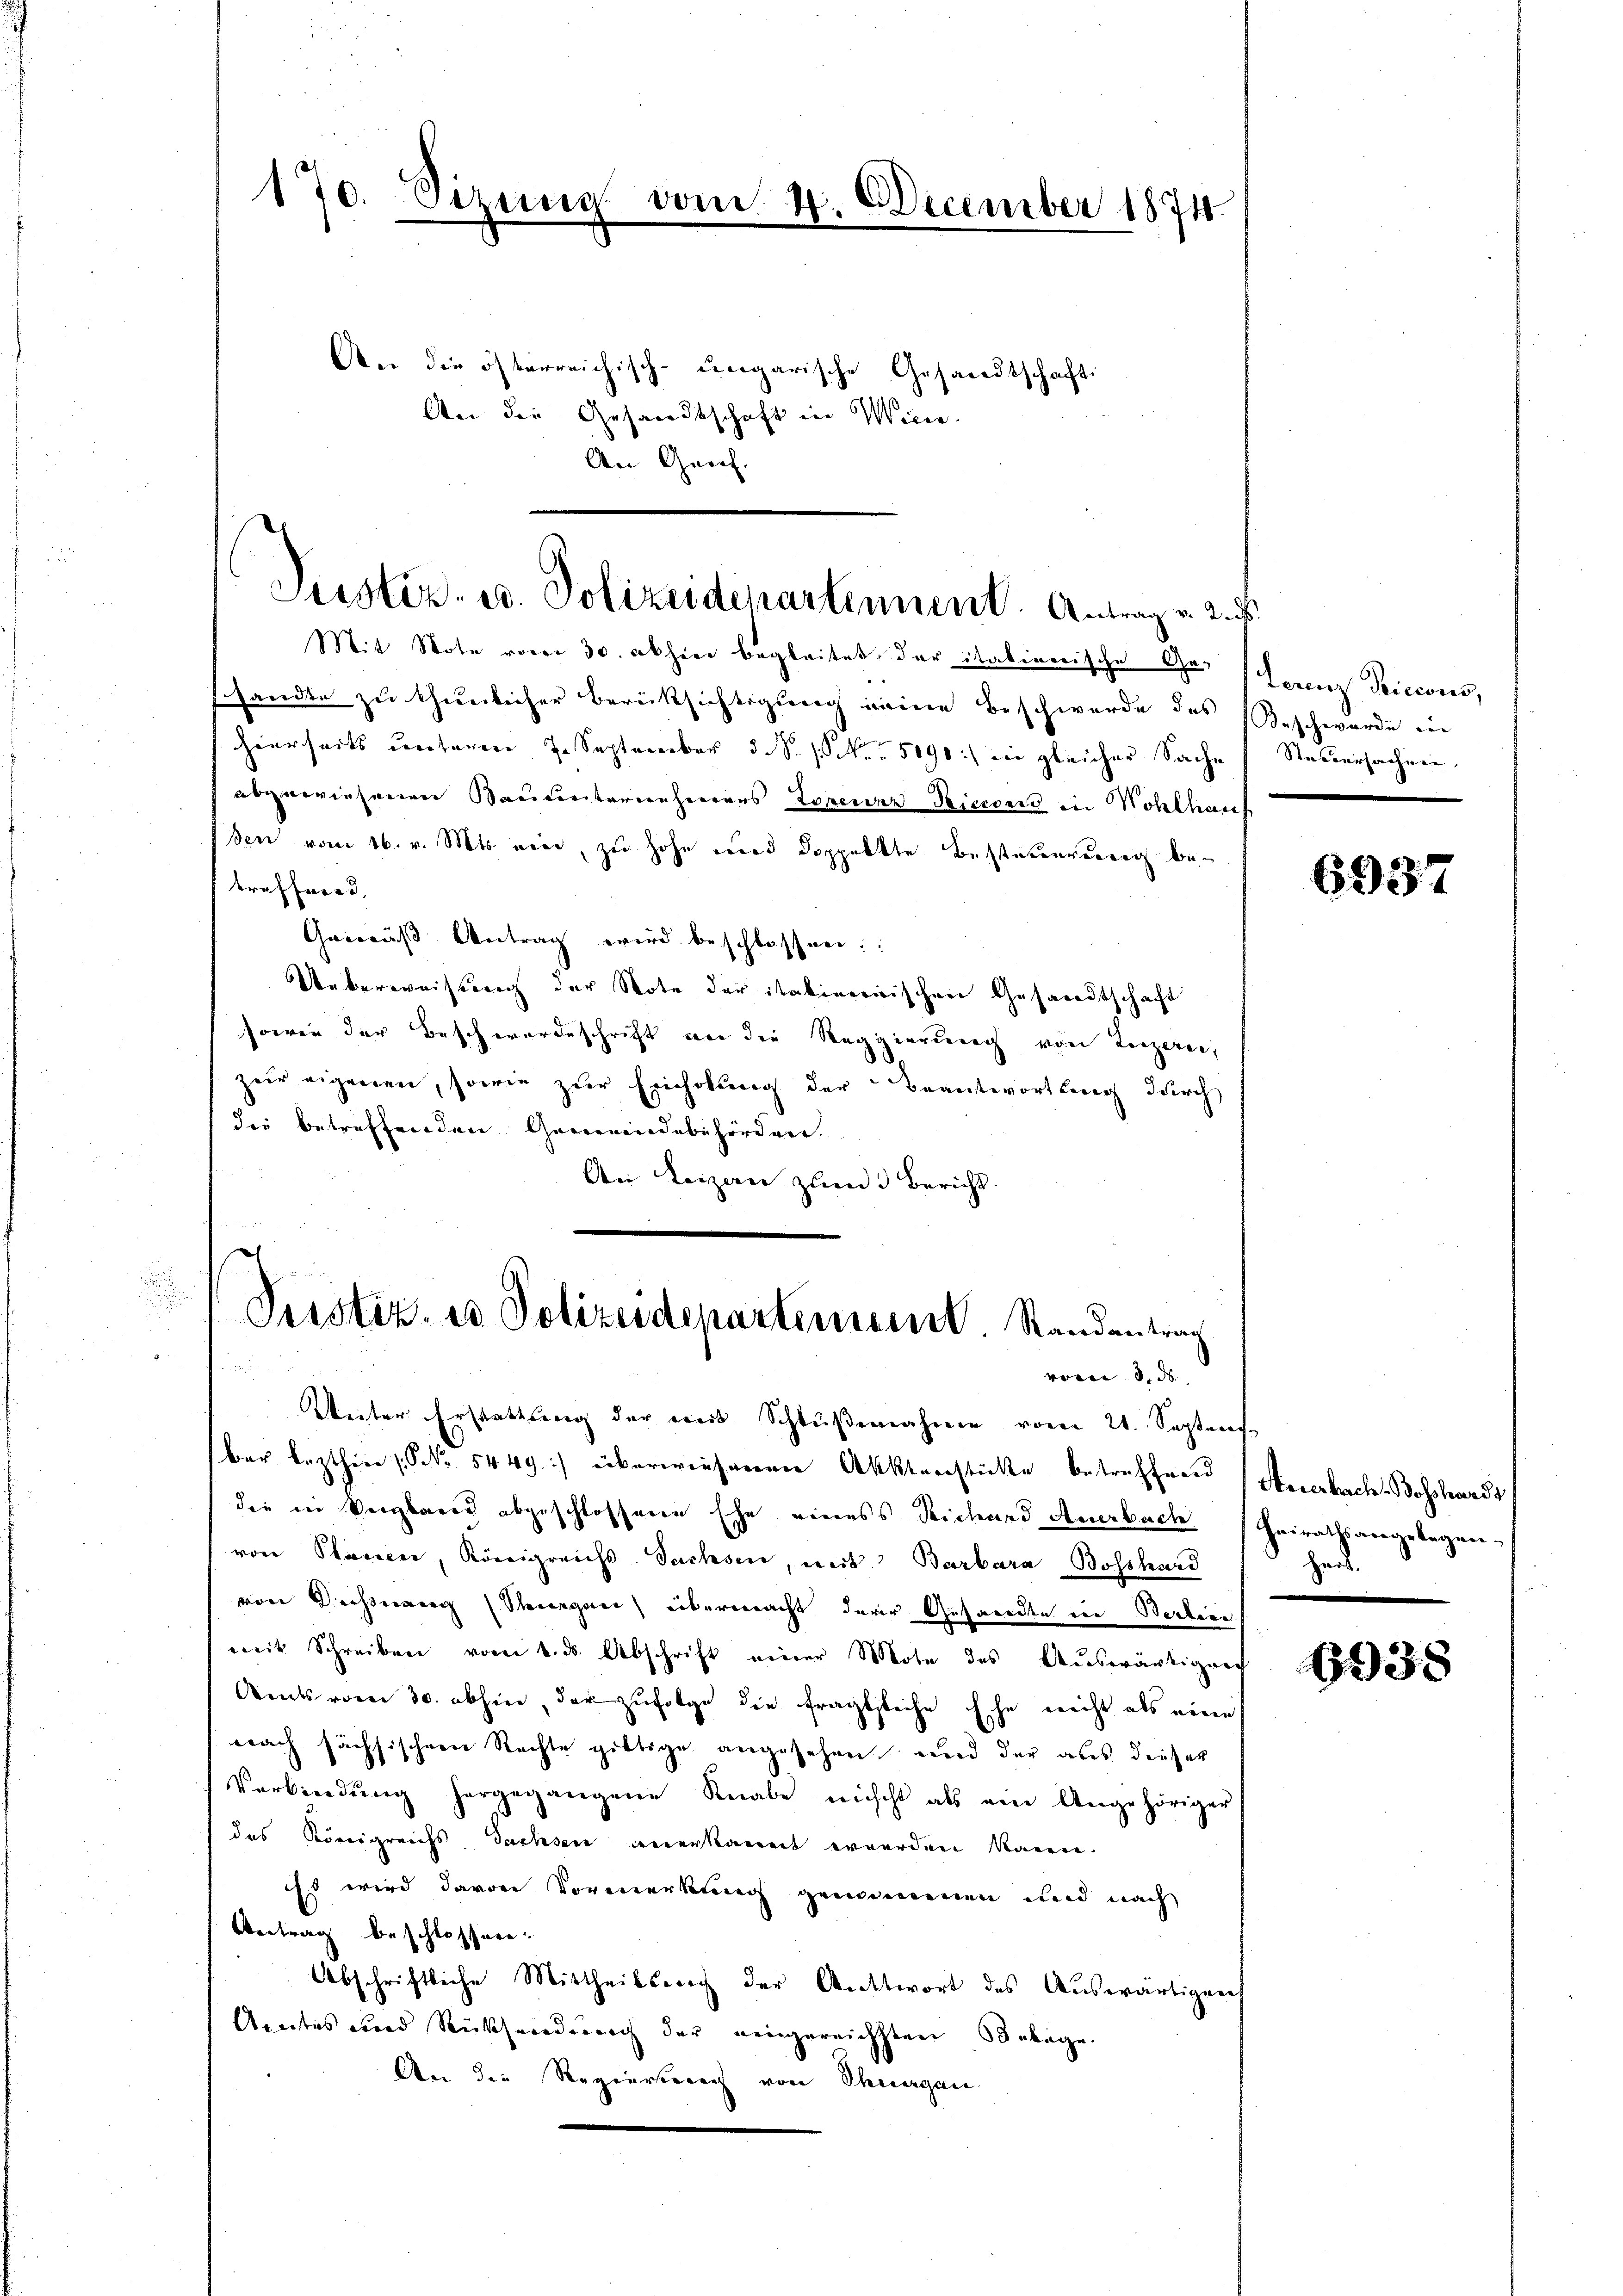
170. Sizung vom 4. December 1874.
An die österreichisch-ungarische Gesandtschaft
An die Gesandtschaft in Wien.

An Genf.

Mit Note vom 30. akhier begleitet der italinerische Geshandte zu thunlicher Berüksichtigung meine Beschwerde des
hierseits unteren 7. September 3. S. Nr. 5090:) in gleicher Sache
abgewiesenen Bauunternehmerers Topenze Piecens in Wohlhaus
ßen vom 16. v. Mts. eine, zu hohe und doppeltte Besteuerung betreffnerd
Gemäß Antrag wird beschlossen:
Ueberweistung der Note der itationischen Gesandtschaft
sowie der Beschwordeschrift von die Regierung von Luzern,
zur eigenen, sowie zŭr Einholung der Beantwortung durch
die betreffenden Gemeindebehörderer.
An Leizan zum Bericht.
Weiter Erstattung der mit Schlußnahmen vom 21. Septens
bar lezthin (Nr. 5449.) überwiesenen Aktenstücke betreffend (Steierbach Beschardt
die in Vergbares abgeschlossene Ehe eines Teichend Anerbuch
von Steuer, Königreichs- Sachsen, mit Barbara Bosshard
von Dechang (Neuengung übermacht derer Gesandte in Werkenn
weit Schreiben vom 4. ds. Abschrift einer Mote des Aŭswärtigung
Amts vom 30. abhin, der zufolge die fragtliche Ehe nicht als eine
nach sächsischen Rechte giltige angesehen und der aus dieser
Verbindŭng hergegangene Knabe nicht als ein Angehöriger
das Königreichs Sachsen anerkannt werden kann.
Es wird davon Vormerkung gemeinenen und nach
Vertrag beschlossen.
Abschriftliche Mittheilsrech der Antwort des Auswärtigung
Amtes und Rücksendung der eingereichsten Belage
An die Regierterach von Thurgau.

Justiz- u. Polizeidepartement. Antrag v. 2.

Pustiz- u Polizeidepartement. Randantrag
vom 8. d.

Terenz, Riccous,
Beschwerde in
Stabsursachen

6937

Heirathsangelegenhart.

6938